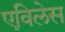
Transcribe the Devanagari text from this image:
एविलेस